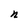
Character: n